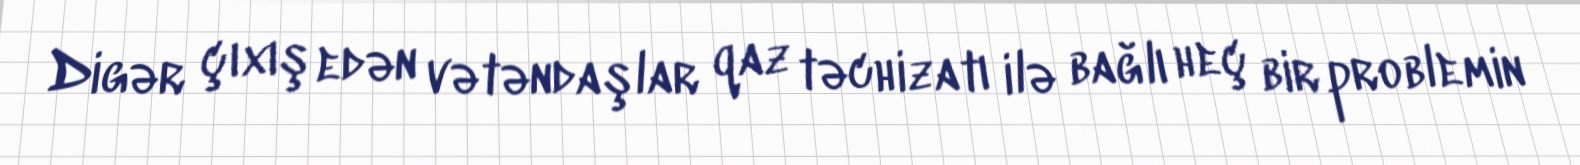
Digər çıxış edən vətəndaşlar qaz təchizatı ilə bağlı heç bir problemin